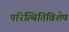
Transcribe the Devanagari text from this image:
परिस्थितिविशेष